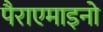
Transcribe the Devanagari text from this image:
पैराएमाइनो